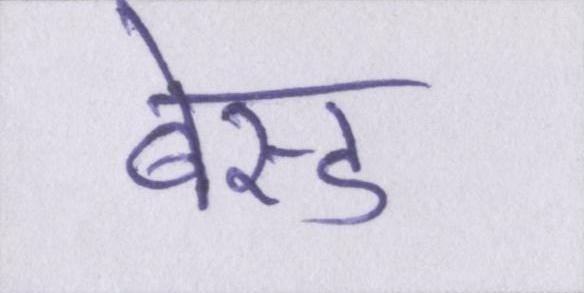
बेस्ड